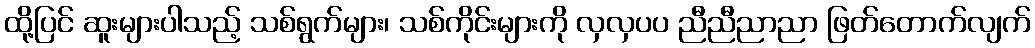
ထို့ပြင် ဆူးများပါသည့် သစ်ရွက်များ၊ သစ်ကိုင်းများကို လှလှပပ ညီညီညာညာ ဖြတ်တောက်လျက်